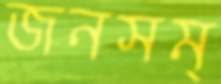
জনসম্